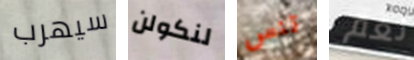
سيهرب لنكولن تنس نعم